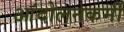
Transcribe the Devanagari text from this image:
आंदोलनकर्मी